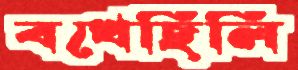
বখেছিলি